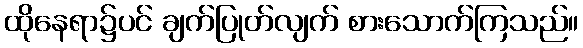
ထိုနေရာ၌ပင် ချက်ပြုတ်လျက် စားသောက်ကြသည်။